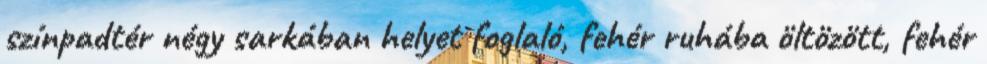
színpadtér négy sarkában helyet foglaló, fehér ruhába öltözött, fehér